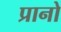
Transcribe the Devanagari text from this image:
प्रानो